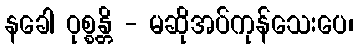
နခေါ ဝုစ္စန္တိ - မဆိုအပ်ကုန်သေးပေ၊